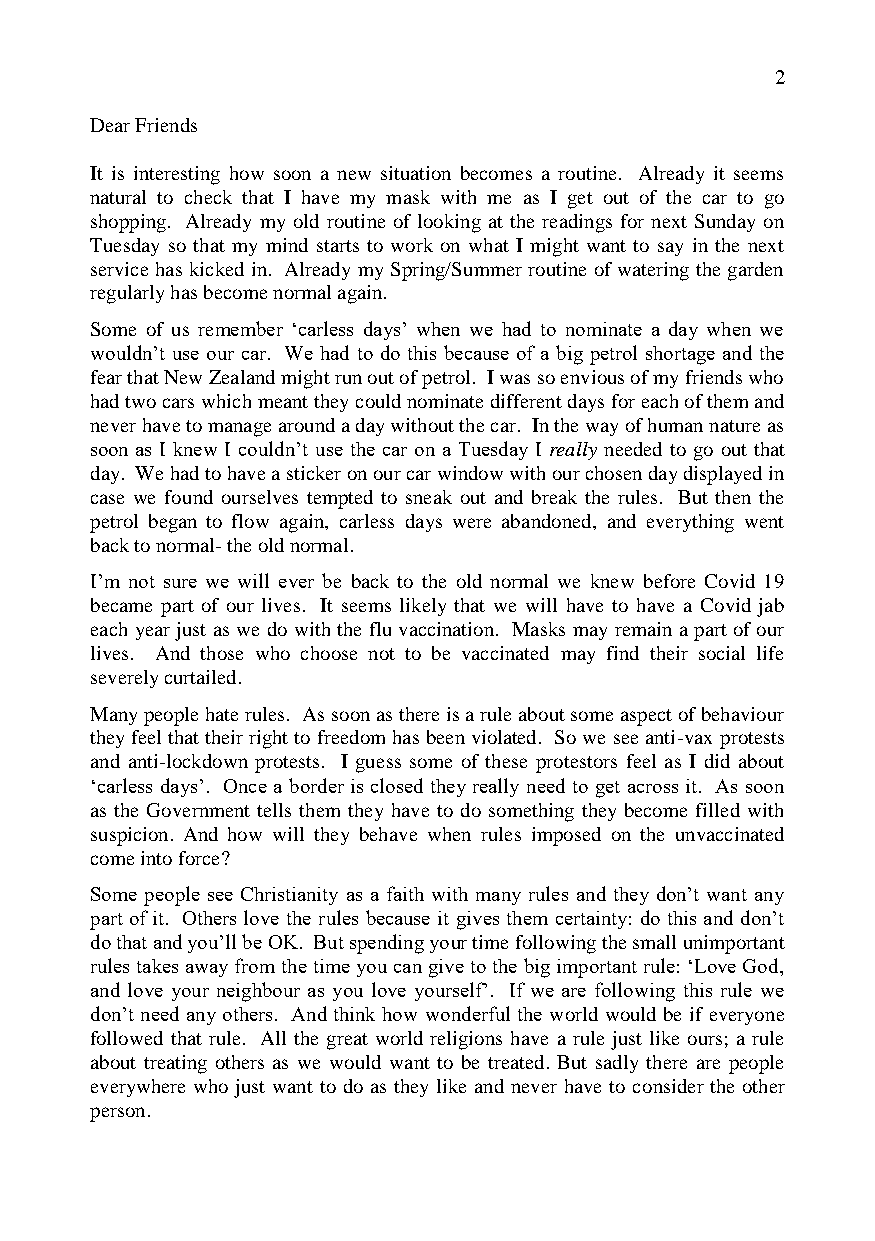
2
 Dear Friends
 It is interesting how soon a new situation becomes a routine. Already it seems
 natural to check that I have my mask with me as I get out of the car to go
 shopping. Already my old routine of looking at the readings for next Sunday on
 Tuesday so that my mind starts to work on what I might want to say in the next
 service has kicked in. Already my Spring/Summer routine of watering the garden
 regularly has become normal again.
 Some of us remember ‘carless days’ when we had to nominate a day when we
 wouldn’t use our car. We had to do this because of a big petrol shortage and the
 fear that New Zealand might run out of petrol. I was so envious of my friends who
 had two cars which meant they could nominate different days for each of them and
 never have to manage around a day without the car. In the way of human nature as
 soon as I knew I couldn’t use the car on a Tuesday I really needed to go out that
 day. We had to have a sticker on our car window with our chosen day displayed in
 case we found ourselves tempted to sneak out and break the rules. But then the
 petrol began to flow again, carless days were abandoned, and everything went
 back to normal- the old normal.
 I’m not sure we will ever be back to the old normal we knew before Covid 19
 became part of our lives. It seems likely that we will have to have a Covid jab
 each year just as we do with the flu vaccination. Masks may remain a part of our
 lives. And those who choose not to be vaccinated may find their social life
 severely curtailed.
 Many people hate rules. As soon as there is a rule about some aspect of behaviour
 they feel that their right to freedom has been violated. So we see anti-vax protests
 and anti-lockdown protests. I guess some of these protestors feel as I did about
 ‘carless days’. Once a border is closed they really need to get across it. As soon
 as the Government tells them they have to do something they become filled with
 suspicion. And how will they behave when rules imposed on the unvaccinated
 come into force?
 Some people see Christianity as a faith with many rules and they don’t want any
 part of it. Others love the rules because it gives them certainty: do this and don’t
 do that and you’ll be OK. But spending your time following the small unimportant
 rules takes away from the time you can give to the big important rule: ‘Love God,
 and love your neighbour as you love yourself’. If we are following this rule we
 don’t need any others. And think how wonderful the world would be if everyone
 followed that rule. All the great world religions have a rule just like ours; a rule
 about treating others as we would want to be treated. But sadly there are people
 everywhere who just want to do as they like and never have to consider the other
 person.